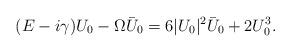
LaTeX: \begin{align*}(E - i \gamma) U_0 - \Omega \bar{U}_0 = 6 |U_0|^2 \bar{U}_0 + 2 U_0^3.\end{align*}